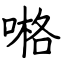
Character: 𠺝